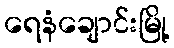
ရေနံချောင်းမြို့